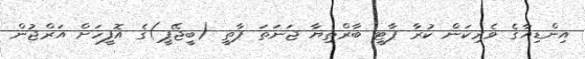
އިންޑިއާގެ ވެރިކަން ކުރާ ޕާޓީ ބާރްތިޔާ ޖަނަތަ ޕާތީ (ބީޖޭޕީ)ގެ އޮފީހަށް އަރްޖުން